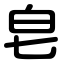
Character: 皂